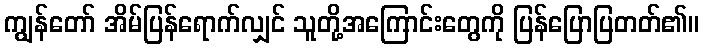
ကျွန်တော် အိမ်ပြန်ရောက်လျှင် သူတို့အကြောင်းတွေကို ပြန်ပြောပြတတ်၏။